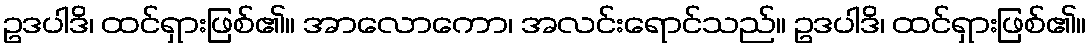
ဥဒပါဒိ၊ ထင်ရှားဖြစ်၏။ အာလောကော၊ အလင်းရောင်သည်။ ဥဒပါဒိ၊ ထင်ရှားဖြစ်၏။